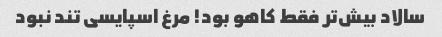
سالاد بیش‌تر فقط کاهو بود! مرغ اسپایسی تند نبود